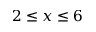
2 \le x \le 6